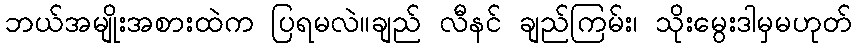
ဘယ်အမျိုးအစားထဲက ပြရမလဲ။ချည် လီနင် ချည်ကြမ်း၊ သိုးမွေးဒါမှမဟုတ်